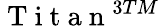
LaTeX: \mathrm{~T~i~t~a~n~}^{3TM}